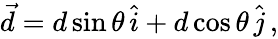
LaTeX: \begin{array}{r}{\vec{d}=d\sin\theta\, \hat{i}+d\cos\theta\, \hat{j}\, ,}\end{array}